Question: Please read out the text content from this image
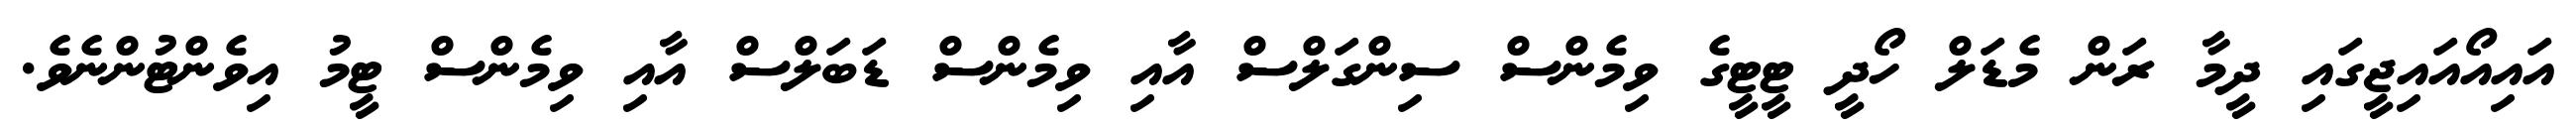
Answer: އައިއޯއައިޖީގައި ދީމާ ރަން މެޑަލް ހޯދީ ޓީޓީގެ ވިމެންސް ސިންގަލްސް އާއި ވިމެންސް ޑަބަލްސް އާއި ވިމެންސް ޓީމު އިވެންޓުންނެވެ.